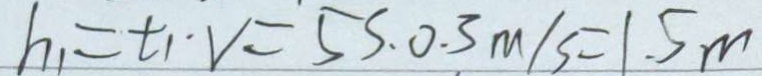
h _ { 1 } = t _ { 1 } \cdot V = 5 S . 0 . 3 m / s = 1 . 5 m